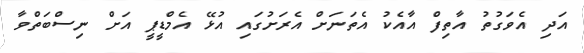
އަދި އެވަގުތު އާތިފް އާއެކު އެތަނަށް އެރަށުގައި އުޅޭ އެމްޑީޕީ އަށް ނިސްބަތްވާ